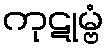
ကုဋုမ္ဗံ